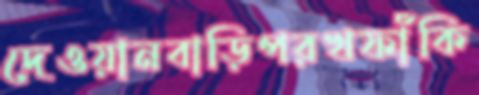
দেওয়ানবাড়িপরখফাঁকি